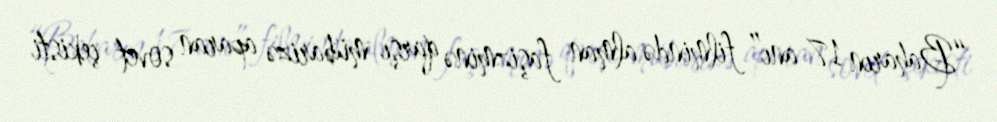
“Baharın 17 anı” filmində alman faşizminə qarşı mübarizə aparan sovet çekisti